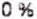
0 %